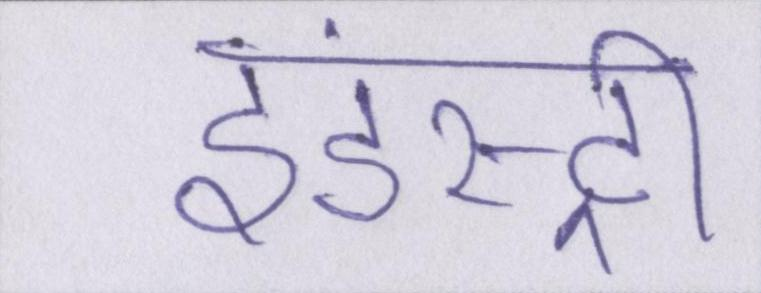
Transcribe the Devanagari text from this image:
इंडस्ट्री